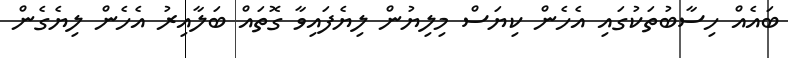
ބައެއް ހިސާބުތަކުގައި އެހެން ކިޔަސް މިލިޔުން ލިޔެފައިވާ ގޮތައް ބަލާއިރު އެހެން ލިޔެގެން